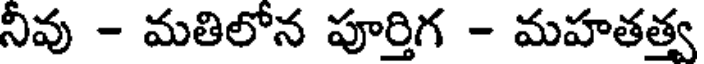
నీవు - మతిలోన పూర్తిగ - మహతత్త్వ